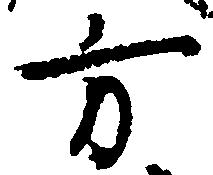
方